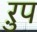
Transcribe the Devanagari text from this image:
ऱुप